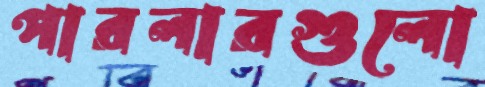
পারলারগুলো